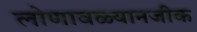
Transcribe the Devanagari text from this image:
लोणावळ्यानजीक